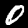
Label: 0